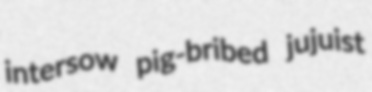
intersow pig-bribed jujuist